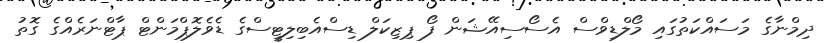
ދިމްނާގެ މަސައްކަތުގައި މޯލްޑިވްސް އެސޯސިއޭޝަން ފޯ ޕިޒިކަލް ޑިސްއެބިލިޓީސްގެ ޑެވެލޮޕްމަންޓް ޕާޓްނަރެއްގެ ގޮތު